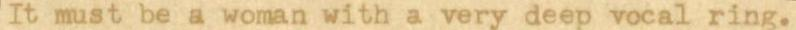
It must be a woman with a very deep vocal ring.